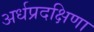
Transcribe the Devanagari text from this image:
अर्धप्रदक्षिणा